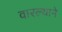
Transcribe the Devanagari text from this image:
वारल्याने